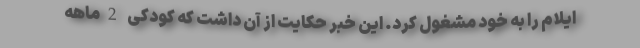
ایلام را به خود مشغول کرد. این خبر حکایت از آن داشت که کودکی 2ماهه